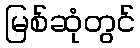
မြစ်ဆုံတွင်